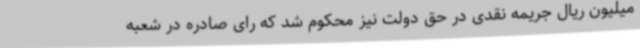
میلیون ریال جریمه نقدی در حق دولت نیز محکوم شد که رای صادره در شعبه